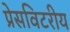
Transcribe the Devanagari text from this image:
प्रेसविटरीय